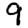
Digit: 9